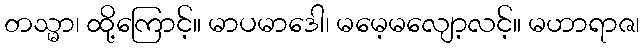
တသ္မာ၊ ထို့ကြောင့်။ မာပမာဒေါ၊ မမေ့မလျော့လင့်။ မဟာရာဇ၊